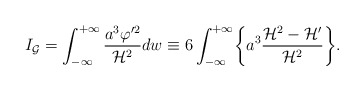
\begin{align*}I_{\cal G}= \int_{-\infty}^{+\infty} \frac{a^3 \varphi'^2}{{\cal H}^2} dw \equiv6\int_{-\infty}^{+\infty} \biggl\{a^3 \frac{ {\cal H}^2 - {\cal H}'}{{\cal H}^2}\biggr\}.\end{align*}